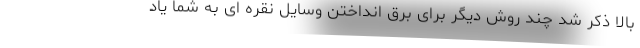
بالا ذکر شد چند روش دیگر برای برق انداختن وسایل نقره ای به شما یاد